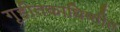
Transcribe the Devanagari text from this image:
गृहीतकाधिष्ठीत